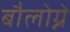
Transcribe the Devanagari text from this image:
बौलोग्ने